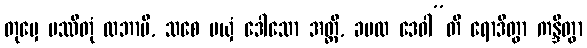
တုမှေ ပဿိတုံ လဘာမိ, သစေ မယှံ ဒေါသော အတ္ထိ, ခမထ ဒေဝါ”တိ ရောဒိတွာ ကန္ဒိတွာ